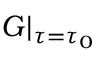
{ \cal G } | _ { \tau = \tau _ { 0 } }